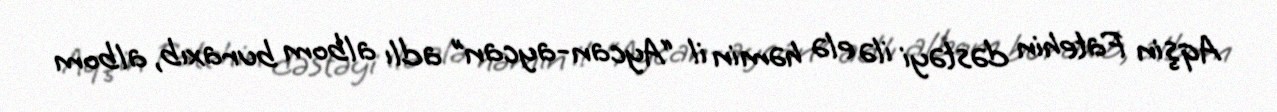
Aqşin Fatehin dəstəyi ilə elə həmin il “Aycan-aycan” adlı albom buraxıb, albom